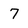
Character: 7